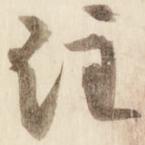
注